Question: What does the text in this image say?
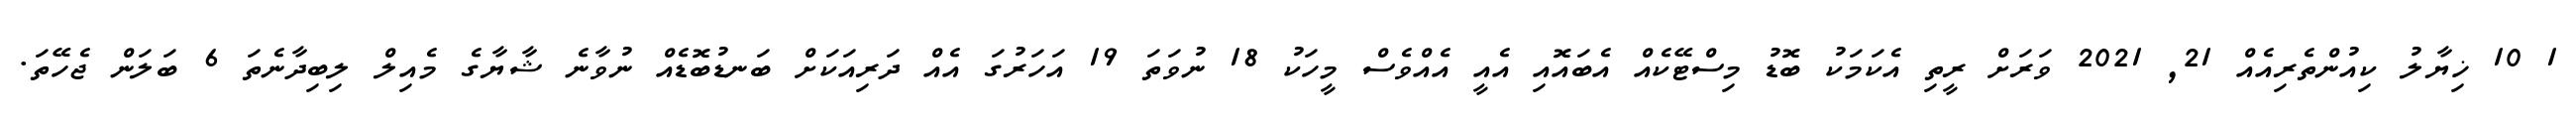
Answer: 1 10 ޚިޔާލު ކިއުންތެރިއެއް 21, 2021 ވަރަށް ރީތި އެކަމަކު ބޮޑު މިސްޓޭކެއް އެބައޮއި އެއީ އެއްވެސް މީހަކު 18 ނުވަތަ 19 އަހަރުގަ އެއް ދަރިއަކަށް ބަނޑުބޮޑެއް ނުވާނެ ޝާޔާގެ މެއިލް ލިބިދާނެތަ 6 ބަލަން ޖެހޭތަ.